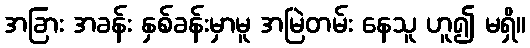
အခြား အခန်း နှစ်ခန်းမှာမူ အမြဲတမ်း နေသူ ဟူ၍ မရှိ။